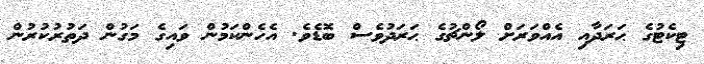
ޓިކެޓުގެ ޙަރަދާއި އެއްވަރަށް ލޯންޗުގެ ޙަރަދުވެސް ބޮޑެވެ. އެހެންކަމުން ވައިގެ މަގުން ދަތުރުކުރުން